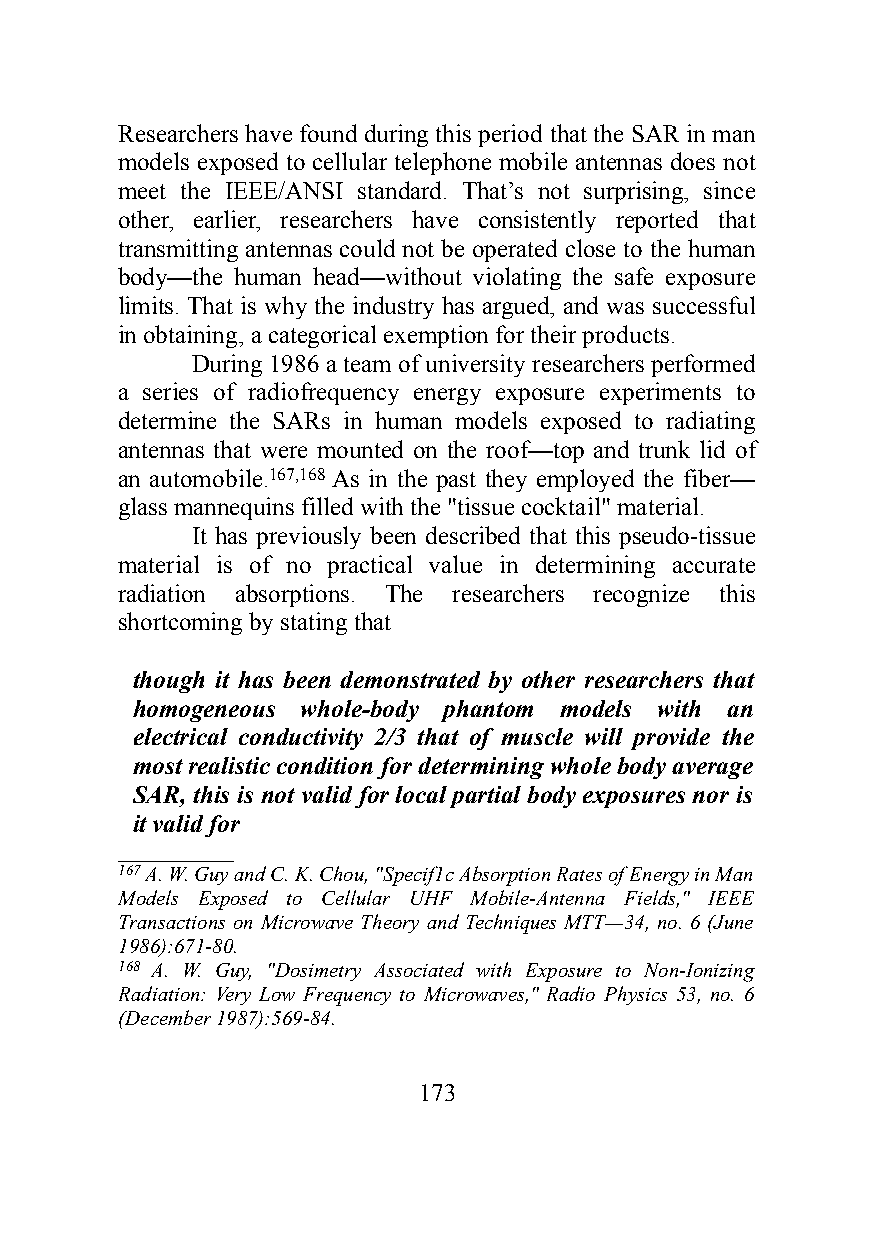
Researchers have found during this period that the SAR in man
 models exposed to cellular telephone mobile antennas does not
 meet the IEEE/ANSI standard. That’s not surprising, since
 other, earlier, researchers have consistently reported that
 transmitting antennas could not be operated close to the human
 body—the human head—without violating the safe exposure
 limits. That is why the industry has argued, and was successful
 in obtaining, a categorical exemption for their products.
 During 1986 a team of university researchers performed
 a series of radiofrequency energy exposure experiments to
 determine the SARs in human models exposed to radiating
 antennas that were mounted on the roof—top and trunk lid of
 an automobile.167,168 As in the past they employed the fiber—
 glass mannequins filled with the "tissue cocktail" material.
 It has previously been described that this pseudo-tissue
 material is of no practical value in determining accurate
 radiation absorptions. The researchers recognize this
 shortcoming by stating that
 though it has been demonstrated by other researchers that
 homogeneous whole-body phantom models with an
 electrical conductivity 2/3 that of muscle will provide the
 most realistic condition for determining whole body average
 SAR, this is not valid for local partial body exposures nor is
 it valid for
 ___________
 167 A. W. Guy and C. K. Chou, "Specif1c Absorption Rates of Energy in Man
 Models Exposed to Cellular UHF Mobile-Antenna Fields," IEEE
 Transactions on Microwave Theory and Techniques MTT—34, no. 6 (June
 1986):671-80.
 168 A. W. Guy, "Dosimetry Associated with Exposure to Non-Ionizing
 Radiation: Very Low Frequency to Microwaves," Radio Physics 53, no. 6
 (December 1987):569-84.
 173